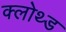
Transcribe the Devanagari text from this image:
क्लोथ्ड